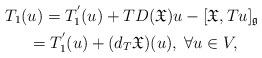
LaTeX: \begin{align*}&T_1(u)=T^{'}_1(u)+TD(\mathfrak{X})u-[\mathfrak{X},Tu]_\mathfrak{g}\\&\;\;\;\;\; =T^{'}_1(u)+(d_T\mathfrak{X})(u),\;\forall u\in V,\end{align*}